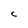
Character: C